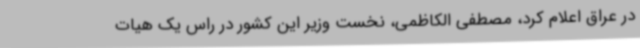
در عراق اعلام کرد، مصطفی الکاظمی، نخست وزیر این کشور در راس یک هیات